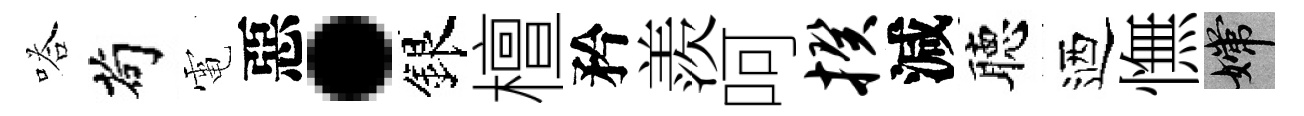
嗒茍電惡·銀檀矜羨呵揆減聴迺憮嫦